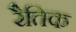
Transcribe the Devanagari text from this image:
रैतिक